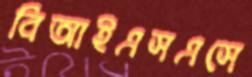
বিআইএসএসে